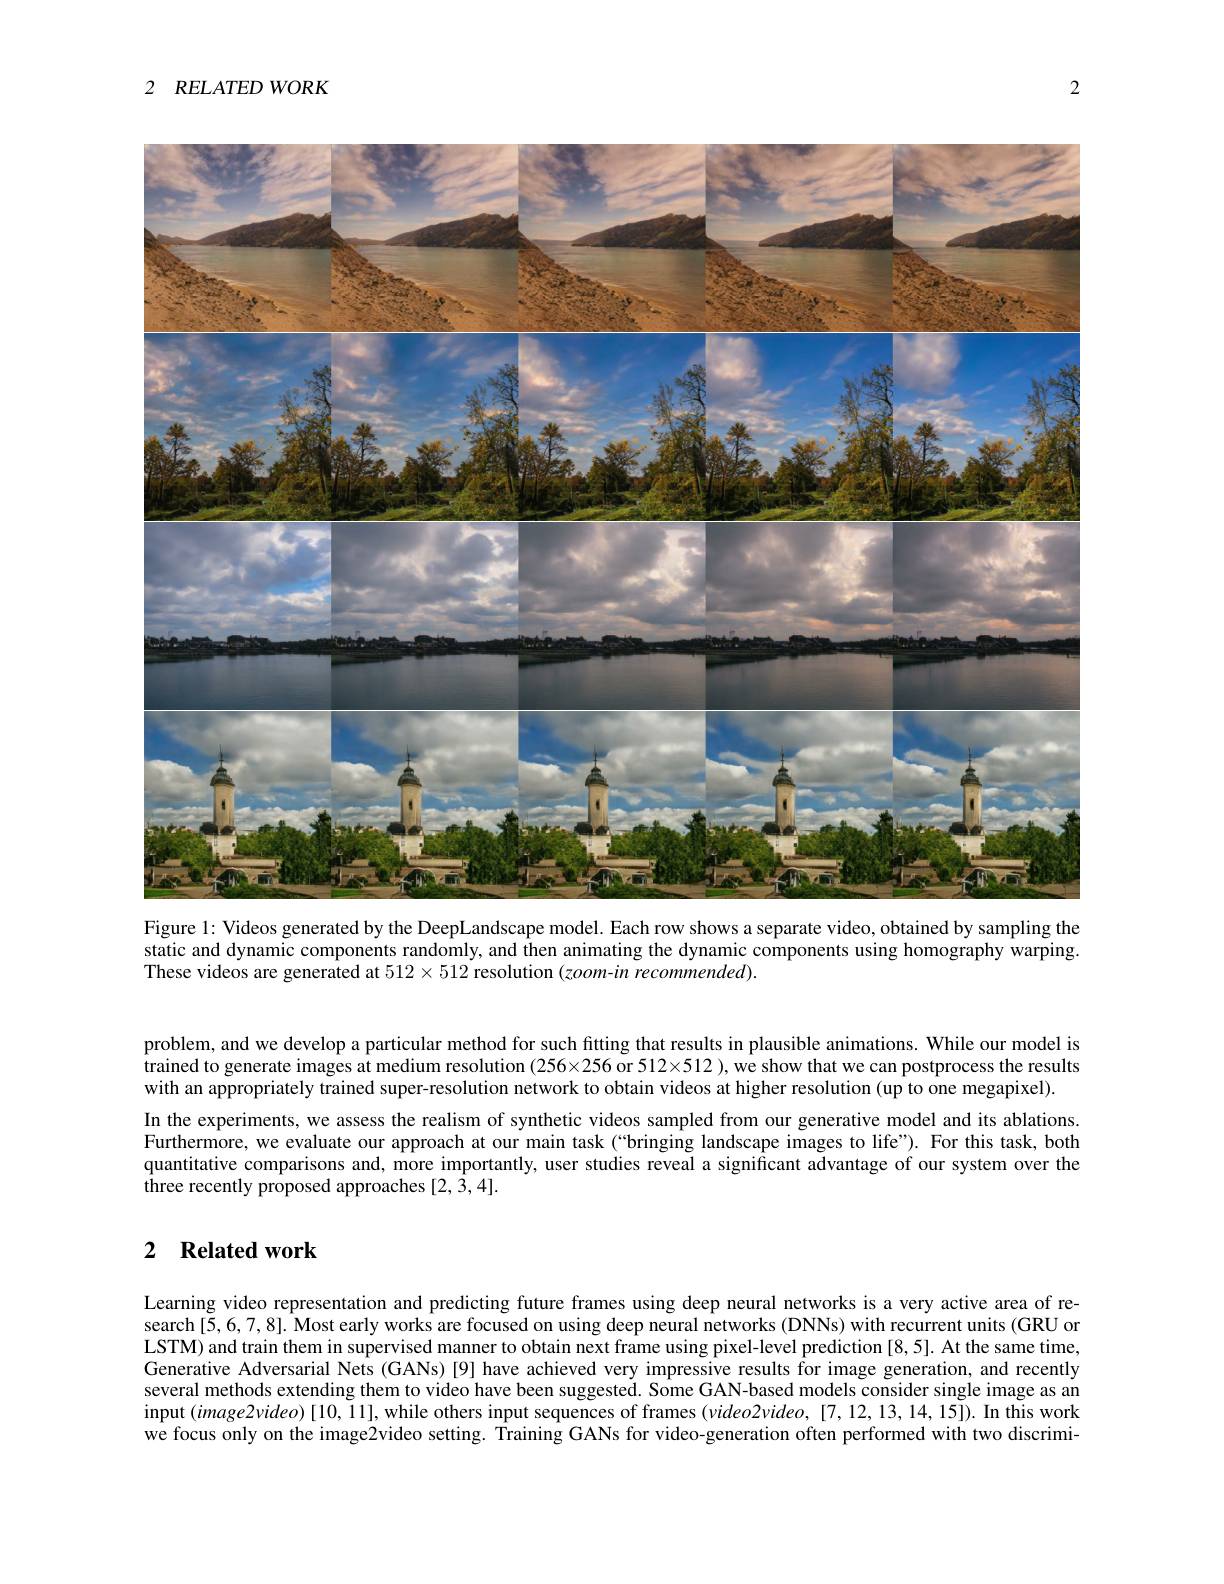
2 $RELATED$ WORK

2
<FigureHere>
static and dynamic components randomly, and then animating the dynamic components using homography warping.

These videos are generated at $512\times512$ resolution $(zoom-in$ recommended).

problem, and we develop a particular method for such fitting that results in plausible animations. While our model is trained to generate images at medium resolution $(256\times256$ or 512×512 ), we show that we can postprocess the results with an appropriately trained super-resolution network to obtain videos at higher resolution (up to one megapixel).
In the experiments, we assess the realism of synthetic videos sampled from our generative model and its ablations $\hat{\text{Furthermore, we evaluate our approach at our main task (“bringing landscape images to life").For this task, both}}$ quantitative comparisons and, more importantly, user studies reveal a significant advantage of our system over the three recently proposed approaches [2,3,4].

## 2 $\textbf{Related work}$

Learning video representation and predicting future frames using deep neural networks is a very active area of research [5,6,7,8]. Most early works are focused on using deep neural networks (DNNs) with recurrent units (GRU or LSTM) and train them in supervised manner to obtain next frame using pixel-level prediction [8,5]. At the same time, Generative Adversarial Nets (GANs) [9] have achieved very impressive results for image generation, and recently several methods extending them to video have been suggested. Some GAN-based models consider single image as an input ( image2video) [ 10, 1] , while others input sequences of frames ( video2video, [ 7, 12, 13, 14, 15] ) . In this work we focus only on the image2video setting. Training GANs for video-generation often performed with two discrimi-